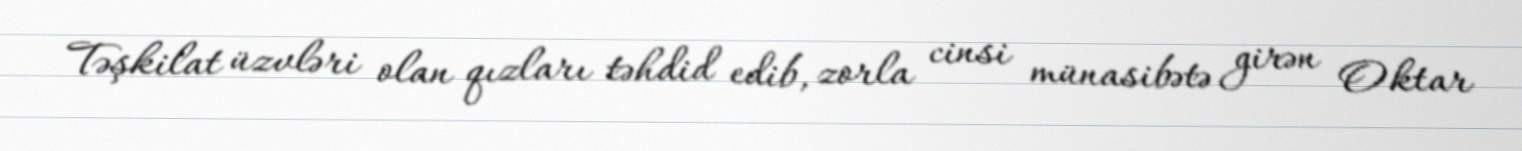
Təşkilat üzvləri olan qızları təhdid edib, zorla cinsi münasibətə girən Oktar